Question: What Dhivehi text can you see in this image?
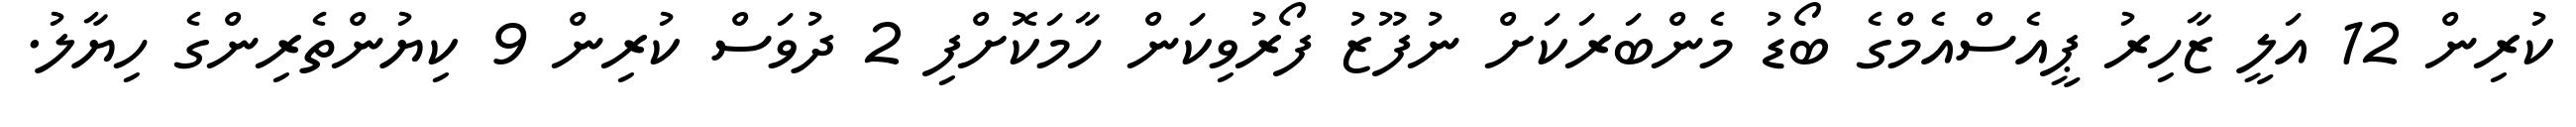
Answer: ކުރިން 12 އަލީ ޒާހިރު ޕީއެސްއެމްގެ ބޯޑު މެންބަރަކަށް ނުފޫޒު ފޯރުވިކަން ހާމަކޮށްފި 2 ދުވަސް ކުރިން 9 ކިޔުންތެރިންގެ ހިޔާލު.